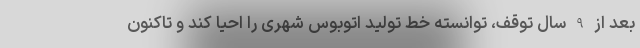
بعد از 9 سال توقف، توانسته خط تولید اتوبوس شهری را احیا کند و تاکنون